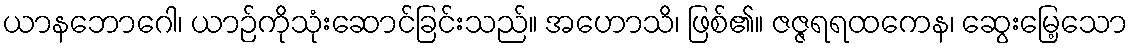
ယာနဘောဂေါ၊ ယာဉ်ကိုသုံးဆောင်ခြင်းသည်။ အဟောသိ၊ ဖြစ်၏။ ဇဇ္ဇရရထကေန၊ ဆွေးမြေ့သော